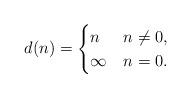
LaTeX: \begin{align*}d(n)=\begin{cases} n & n \neq 0, \\ \infty & n=0. \end{cases}\end{align*}